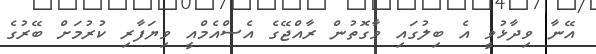
އޭނާ ވިދާޅުވީ އެ ބިލުގައި ވާގޮތުން ރާއްޖޭގެ އެސްއެމްއީ ވިޔަފާރި ކުރުމަށް ބޭރުގެ